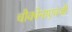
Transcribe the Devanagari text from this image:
चौकोनाएवजी